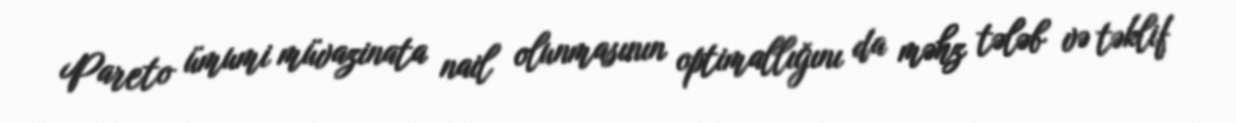
Pareto ümumi müvazinata nail olunmasının optimallığını da məhz tələb və təklif